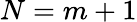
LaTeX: N=m+1